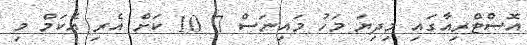
އޮސްޓްރިއާގައި މިދިޔަ މަހު މައިނަސް 7 10 ކަށް އެރި އެކަމް މި